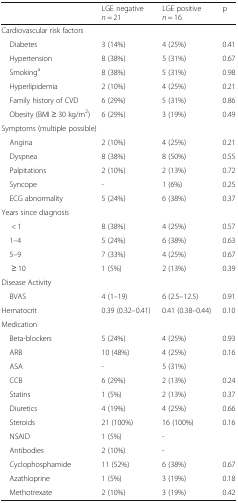
|  | LGE negative n = 21 | LGE positive n = 16 | p |
 | --- | --- | --- | --- |
 | <COLSPAN=4> Cardiovascular risk factors |
 | Diabetes | 3 (14%) | 4 (25%) | 0.41 |
 | Hypertension | 8 (38%) | 5 (31%) | 0.67 |
 | Smokinga | 8 (38%) | 5 (31%) | 0.98 |
 | Hyperlipidemia | 2 (10%) | 4 (25%) | 0.21 |
 | Family history of CVD | 6 (29%) | 5 (31%) | 0.86 |
 | Obesity (BMI ≥ 30 kg/m2) | 6 (29%) | 3 (19%) | 0.49 |
 | <COLSPAN=4> Symptoms (multiple possible) |
 | Angina | 2 (10%) | 4 (25%) | 0.21 |
 | Dyspnea | 8 (38%) | 8 (50%) | 0.55 |
 | Palpitations | 2 (10%) | 2 (13%) | 0.72 |
 | Syncope | - | 1 (6%) | 0.25 |
 | ECG abnormality | 5 (24%) | 6 (38%) | 0.37 |
 | <COLSPAN=4> Years since diagnosis |
 | < 1 | 8 (38%) | 4 (25%) | 0.57 |
 | 1–4 | 5 (24%) | 6 (38%) | 0.63 |
 | 5–9 | 7 (33%) | 4 (25%) | 0.67 |
 | ≥ 10 | 1 (5%) | 2 (13%) | 0.39 |
 | <COLSPAN=4> Disease Activity |
 | BVAS | 4 (1–19) | 6 (2.5–12.5) | 0.91 |
 | Hematocrit | 0.39 (0.32–0.41) | 0.41 (0.38–0.44) | 0.10 |
 | <COLSPAN=4> Medication |
 | Beta-blockers | 5 (24%) | 4 (25%) | 0.93 |
 | ARB | 10 (48%) | 4 (25%) | 0.16 |
 | ASA | - | 5 (31%) |  |
 | CCB | 6 (29%) | 2 (13%) | 0.24 |
 | Statins | 1 (5%) | 2 (13%) | 0.37 |
 | Diuretics | 4 (19%) | 4 (25%) | 0.66 |
 | Steroids | 21 (100%) | 16 (100%) | 0.16 |
 | NSAID | 1 (5%) | - |  |
 | Antibodies | 2 (10%) | - |  |
 | Cyclophosphamide | 11 (52%) | 6 (38%) | 0.67 |
 | Azathioprine | 1 (5%) | 3 (19%) | 0.18 |
 | Methotrexate | 2 (10%) | 3 (19%) | 0.42 |